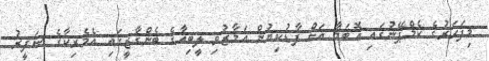
މިފަހަރުގެ ކެމްޕޭނުގައި އޮބަމާ އަށް ފާޑުކިޔުން އަމާޒުވި ލީބިއާގެ ބެންގާޒީގައި އެމެރިކާގެ ސަފީރު